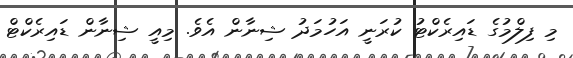
މި ފިލްމުގެ ޑައިރެކްޓު ކުރަނީ އަހުމަދު ޝިނާން އެވެ. މިއީ ޝިނާން ޑައިރެކްޓް